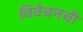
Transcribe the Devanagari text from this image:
विवेचनची